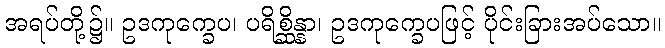
အရပ်တို့၌။ ဥဒကုက္ခေပ၊ ပရိစ္ဆိန္နာ၊ ဥဒကုက္ခေပဖြင့် ပိုင်းခြားအပ်သော။